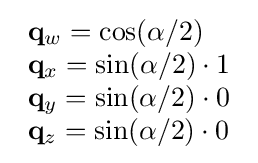
{\begin{array}{lcr}\mathbf {q} _{w}=\cos(\alpha /2)\\\mathbf {q} _{x}=\sin(\alpha /2)\cdot 1\\\mathbf {q} _{y}=\sin(\alpha /2)\cdot 0\\\mathbf {q} _{z}=\sin(\alpha /2)\cdot 0\end{array}}